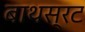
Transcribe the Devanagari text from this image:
बाथस्रट